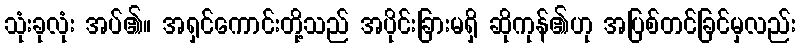
သုံးခုလုံး အပ်၏။ အရှင်ကောင်းတို့သည် အပိုင်းခြားမရှိ ဆိုကုန်၏ဟု အပြစ်တင်ခြင်မှလည်း